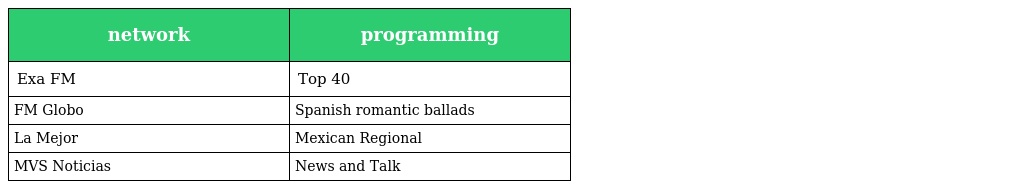
| network | programming |
 | --- | --- |
 | Exa FM | Top 40 |
 | FM Globo | Spanish romantic ballads |
 | La Mejor | Mexican Regional |
 | MVS Noticias | News and Talk |